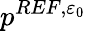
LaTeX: p^{REF,{\varepsilon_{0}}}